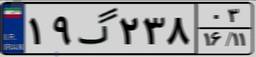
۱۹گ۲۳۸۰۳